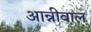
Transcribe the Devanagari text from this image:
आन्नीवाल